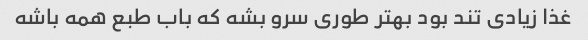
غذا زیادی تند بود بهتر طوری سرو بشه که باب طبع همه باشه